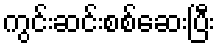
ကွင်းဆင်းစစ်ဆေးပြီး